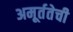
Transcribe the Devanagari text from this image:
अमूर्ततेची